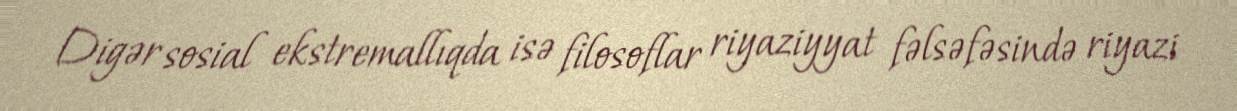
Digər sosial ekstremallıqda isə filosoflar riyaziyyat fəlsəfəsində riyazi